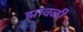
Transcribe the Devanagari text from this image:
झावळी